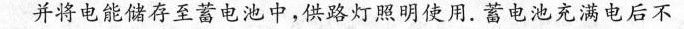
并将电能储存至蓄电池中，供路灯照明使用。蓄电池充满电后不